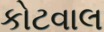
કોટવાલ